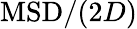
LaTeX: \mathrm{MSD}/(2D)